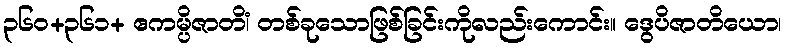
၃၆၀+၃၆၁+ ဧကမ္ပိဇာတိံ၊ တစ်ခုသောဖြစ်ခြင်းကိုလည်းကောင်း။ ဒွေပိဇာတိယော၊